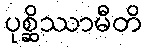
ပုစ္ဆိဿာမီတိ